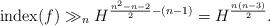
LaTeX: \begin{align*}\mathrm{index}(f)\gg_n H^{\frac{n^2 - n - 2}{2} - (n-1)}= H^{\frac{n(n-3)}{2}}.\end{align*}